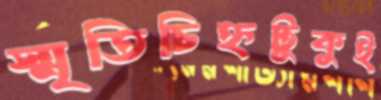
স্মৃতিচিহ্নটুকুই